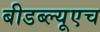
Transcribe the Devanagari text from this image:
बीडब्ल्यूएच